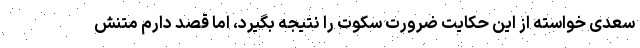
سعدی خواسته از این حکایت ضرورت سکوت را نتیجه بگیرد، اما قصد دارم متنش